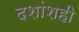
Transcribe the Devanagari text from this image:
दशांशही